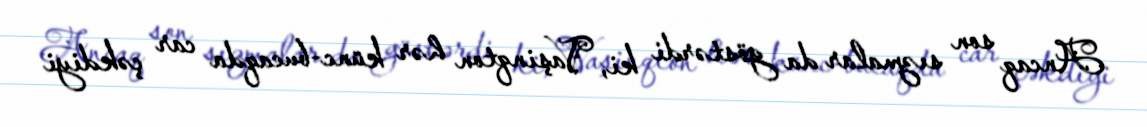
Ancaq son sızmalar da göstərdi ki, Vaşinqton hər künc-bucaqda car çəkdiyi